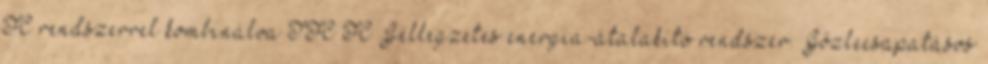
FC rendszerrel kombinálva TFC FC Jellegzetes energia-átalakító rendszer. Gőzlecsapatásos